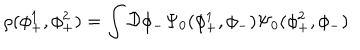
\rho ( \phi _ { + } ^ { 1 } , \phi _ { + } ^ { 2 } ) = \int { \cal D } \phi _ { - } \Psi _ { 0 } ( \phi _ { + } ^ { 1 } , \phi _ { - } ) \Psi _ { 0 } ( \phi _ { + } ^ { 2 } , \phi _ { - } )